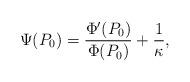
LaTeX: \begin{align*} \Psi(P_0) = \frac{\Phi'(P_0)}{\Phi(P_0)} + \frac1\kappa,\end{align*}